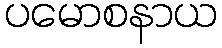
ပမောစနာယ